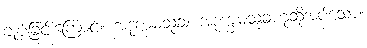
ချုပ်ခြင်းကြောင့်။ အဒုက္ခမသုခံ၊ အဒုက္ခမသုခဟုဆိုအပ်သော။